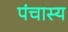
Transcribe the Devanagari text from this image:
पंचास्य